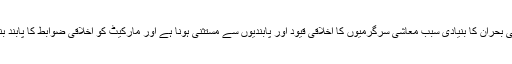
حقیقت پسندماہرین کے نزدیک موجودہ معاشی بحران کا بنیادی سبب معاشی سرگرمیوں کا اخلاقی قیود اور پابندیوں سے مستثنیٰ ہونا ہے اور مارکیٹ کو اخلاقی ضوابط کا پابند بناکر معیشت میں بہتری پیدا کی جاسکتی ہے۔